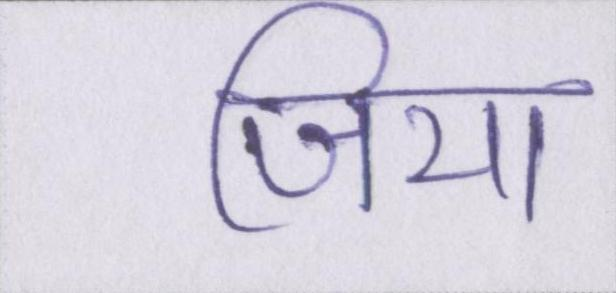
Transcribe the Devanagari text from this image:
जिया